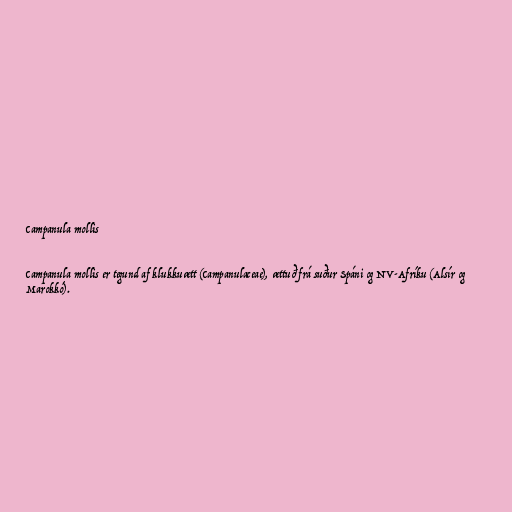
Campanula mollis

Campanula mollis er tegund af klukkuætt (Campanulaceae), ættuð frá suður Spáni og NV-Afríku (Alsír og
Marokkó).